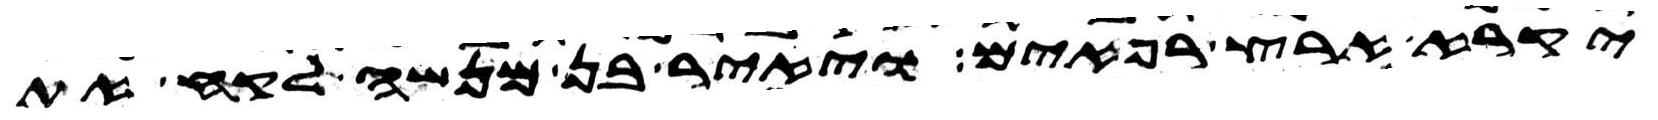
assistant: יקרא ארץ רפאים ויאיר בן מנשה לקח את